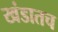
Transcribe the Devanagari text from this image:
खंडातच